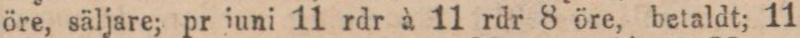
öre, säljare; pr juni 11 rdr à 11 rdr 8 öre, betaldt; 11